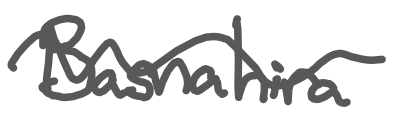
Text: Basnahira
Cross-out: wave
Writing tool: digital_gray